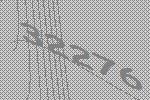
32276